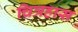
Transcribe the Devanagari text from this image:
चित्रहास